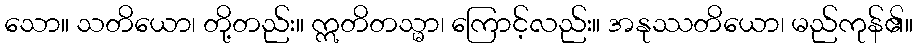
သော။ သတိယော၊ တို့တည်း။ ဣတိတသ္မာ၊ ကြောင့်လည်း။ အနုဿတိယော၊ မည်ကုန်၏။